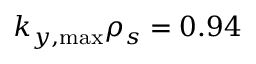
k _ { y , \mathrm { m a x } } \rho _ { s } = 0 . 9 4